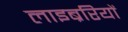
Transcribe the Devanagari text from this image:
लाइब्ररियों